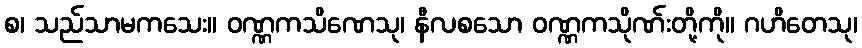
စ၊ သည်သာမကသေး။ ဝဏ္ဏကသိဏေသု၊ နီလစသော ဝဏ္ဏကသိုဏ်းတို့ကို။ ဂဟိတေသု၊